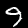
Label: 9